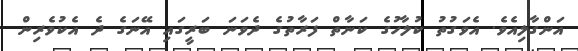
އަންގާލިއެވެ. އެވަގުތު ކުލާހުގެ ކަނާތް ފަރާތުގެ ދެވަނަ ބަރީގައި އޭނަގެ ދެ އެކުވެރިން